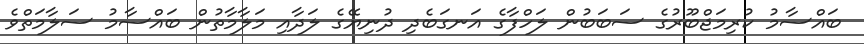
ބައްސާމު ކުރިމަޖްބޫރުގެ ސަބަބުން ލަހްފާގެ އަނގަބެދި ދުނިޔޭގެ ލަދާއި މަލާމާތުން ބައްސާމު ސަލާމަތްވެ